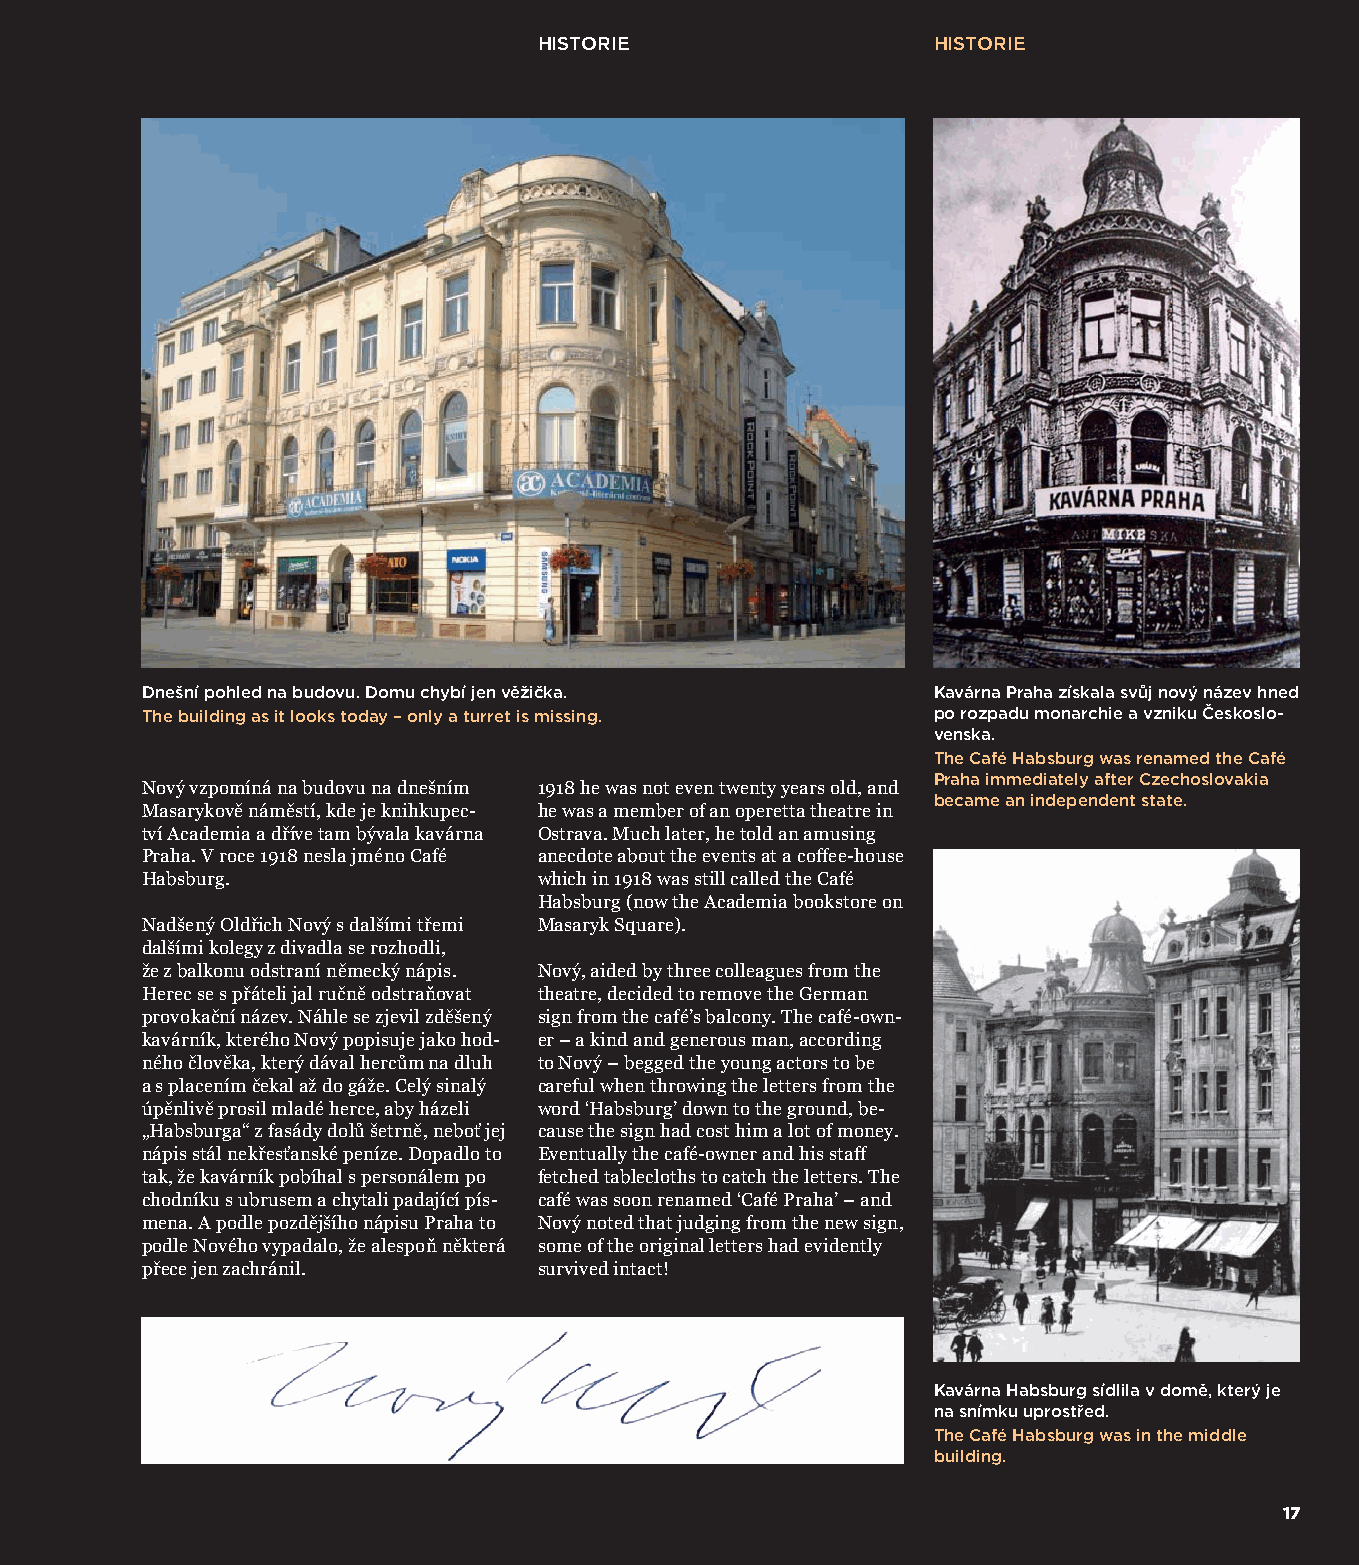
HISTORIE                  HISTORIE
 Dnešní pohled na budovu. Domu chybí jen věžička.     Kavárna Praha získala svůj nový název hned
 The building as it looks today – only a turret is missing. po rozpadu monarchie a vzniku Českoslo-
 venska.
 The Café Habsburg was renamed the Café
 Praha immediately after Czechoslovakia
 Nový vzpomíná na budovu na dnešním 1918 he was not even twenty years old, and
 became an independent state.
 Masarykově náměstí, kde je knihkupec- he was a member of an operetta theatre in
 tví Academia a dříve tam bývala kavárna Ostrava. Much later, he told an amusing
 Praha. V roce 1918 nesla jméno Café anecdote about the events at a coffee-house
 Habsburg.                  which in 1918 was still called the Café
 Habsburg (now the Academia bookstore on
 Nadšený Oldřich Nový s dalšími třemi Masaryk Square).
 dalšími kolegy z divadla se rozhodli,
 že z balkonu odstraní německý nápis. Nový, aided by three colleagues from the
 Herec se s přáteli jal ručně odstraňovat theatre, decided to remove the German
 provokační název. Náhle se zjevil zděšený sign from the café’s balcony. The café-own-
 kavárník, kterého Nový popisuje jako hod- er – a kind and generous man, according
 ného člověka, který dával hercům na dluh to Nový – begged the young actors to be
 a s placením čekal až do gáže. Celý sinalý careful when throwing the letters from the
 úpěnlivě prosil mladé herce, aby házeli word ‘Habsburg’ down to the ground, be-
 „Habsburga“ z fasády dolů šetrně, neboť jej cause the sign had cost him a lot of money.
 nápis stál nekřesťanské peníze. Dopadlo to Eventually the café-owner and his staff
 tak, že kavárník pobíhal s personálem po fetched tablecloths to catch the letters. The
 chodníku s ubrusem a chytali padající pís- café was soon renamed ‘Café Praha’ – and
 mena. A podle pozdějšího nápisu Praha to Nový noted that judging from the new sign,
 podle Nového vypadalo, že alespoň některá some of the original letters had evidently
 přece jen zachránil.       survived intact!
 Kavárna Habsburg sídlila v domě, který je
 na snímku uprostřed.
 The Café Habsburg was in the middle
 building.
 1177